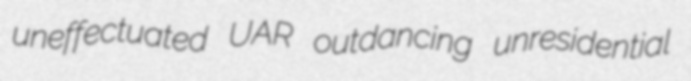
uneffectuated UAR outdancing unresidential